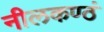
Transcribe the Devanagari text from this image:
नीलकण्ठं